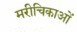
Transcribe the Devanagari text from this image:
मरीचिकाओं